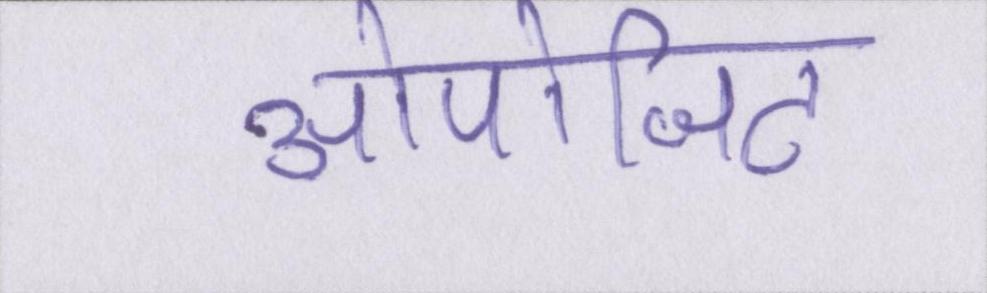
ओपोजिट